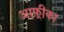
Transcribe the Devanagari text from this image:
आफ़्रीका